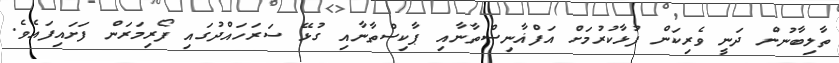
ތާލިބާނުން ދަނީ ވެރިކަން ފުޅާކުރުމަށް އަފްޣާނިސްތާނާއި ޕާކިސްތާނާއި ގުޅޭ ސަރަހައްދުގައި ފޯރިމަރަން ފަށައިފައެވެ.